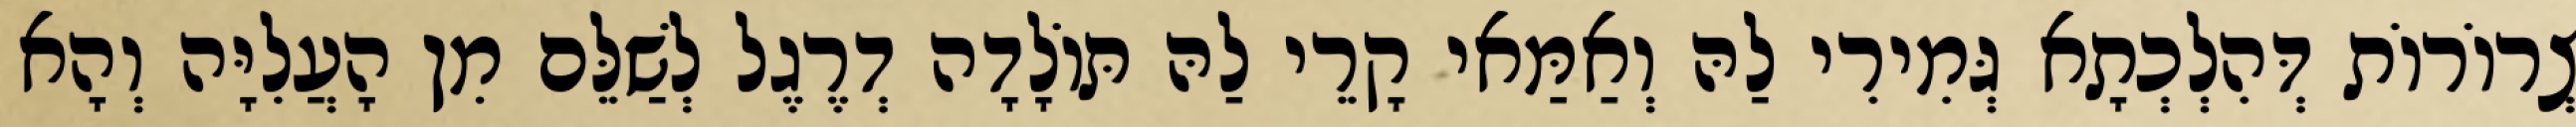
צְרוֹרוֹת דְּהִלְכְתָא גְּמִירִי לַהּ וְאַמַּאי קָרֵי לַהּ תּוֹלָדָה דְרֶגֶל לְשַׁלֵּם מִן הָעֲלִיָּה וְהָא